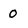
Character: 0